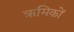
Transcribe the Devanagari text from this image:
ऋमिकों